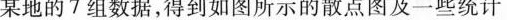
某地的7组数据，得到如图所示的散点图及一些统计